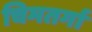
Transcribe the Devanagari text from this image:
चिमतर्गा